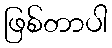
ဖြစ်တာပါ